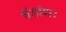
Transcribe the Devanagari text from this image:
चंडांश।